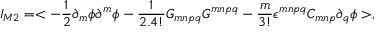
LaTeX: I _ { M 2 } = < - \frac { 1 } { 2 } \partial _ { m } \phi \partial ^ { m } \phi - \frac { 1 } { 2 . 4 ! } G _ { m n p q } G ^ { m n p q } - \frac { m } { 3 ! } \epsilon ^ { m n p q } C _ { m n p } \partial _ { q } \phi > ,